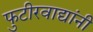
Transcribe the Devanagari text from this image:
फुटीरवाद्यांनी